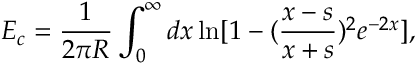
E _ { c } = \frac { 1 } { 2 \pi R } \int _ { 0 } ^ { \infty } d x \ln [ 1 - ( \frac { x - s } { x + s } ) ^ { 2 } e ^ { - 2 x } ] ,